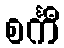
စင်္ကီ